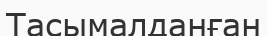
Тасымалданған